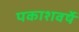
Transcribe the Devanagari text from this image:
पकाशवर्षे